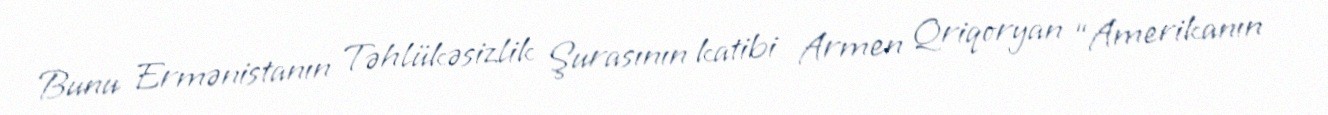
Bunu Ermənistanın Təhlükəsizlik Şurasının katibi Armen Qriqoryan “Amerikanın